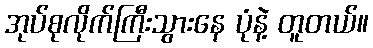
အုပ်စုလိုက်ကြီးသွားနေ ပုံနဲ့ တူတယ်။